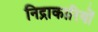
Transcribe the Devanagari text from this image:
निद्राकारियों